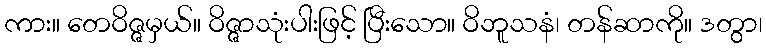
ကား။ တေဝိဇ္ဇမှယ်။ ဝိဇ္ဇာသုံးပါးဖြင့် ပြီးသော။ ဝိဘူသနံ၊ တန်ဆာကို။ ဒတွာ၊